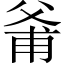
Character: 𱭊